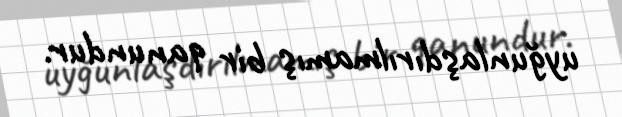
uyğunlaşdırılmamış bir qanundur.